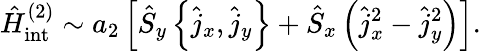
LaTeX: \hat{H}_{\mathrm{int}}^{(2)}\sim a_{2}\left[\hat{S}_{y}\left\{ \hat{j}_{x},\hat{j}_{y}\right\} +\hat{S}_{x}\left(\hat{j}_{x}^{2}-\hat{j}_{y}^{2}\right)\right].